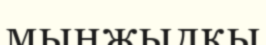
мыңжылқы